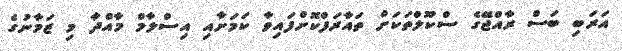
އަރަބި ބަސް ރާއްޖޭގެ ސްކޫލްތަކަށް ތައާރަފްކޮށްފައިވާ ކަމަށާއި އިސްލާމް މާއްދާ މި ޒަމާނުގެ